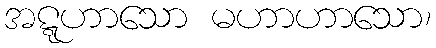
အဋ္ဋဟာသော မဟာဟာသော၊